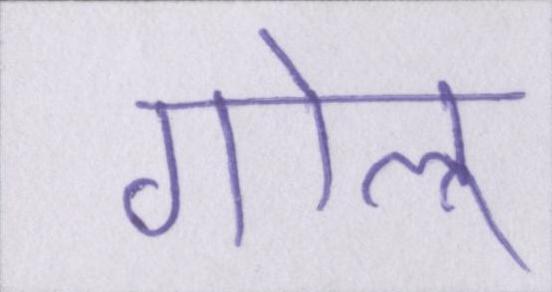
गोलू